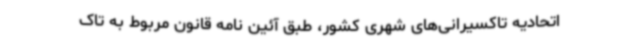
اتحادیه تاکسیرانی‌های شهری کشور، طبق آئین نامه قانون مربوط به تاک